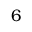
\phantom { 0 } 6 \phantom { . 0 }